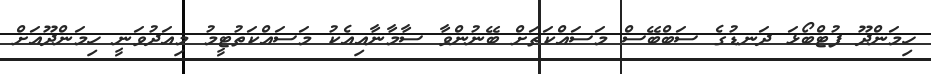
ހިމަންދޫ ފުޓްބޯޅަ ދަނޑުގެ ސަބްބޭސް މަސައްކަތަށް ބޭނުންވާ ސާމާނާއިއެކު މަސައްކަތުޓީމު މިއަދުވަނީ ހިމަންދޫއަށް